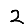
Digit: 2